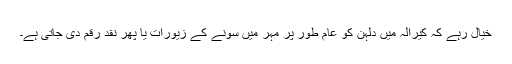
خیال رہے کہ کیرالہ میں دلہن کو عام طور پر مہر میں سونے کے زیورات یا پھر نقد رقم دی جاتی ہے۔